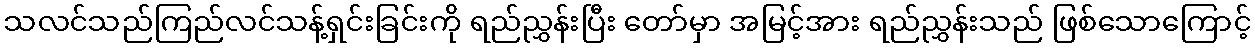
သလင်သည်ကြည်လင်သန့်ရှင်းခြင်းကို ရည်ညွှန်းပြီး တော်မှာ အမြင့်အား ရည်ညွှန်းသည် ဖြစ်သောကြောင့်